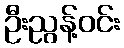
ဦးညွန့်ဝင်း